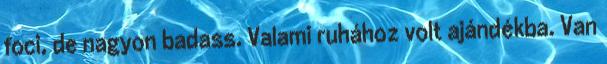
foci, de nagyon badass. Valami ruhához volt ajándékba. Van